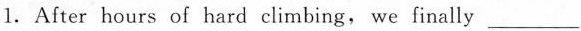
1.After hours of hard climbing, we finally ___